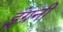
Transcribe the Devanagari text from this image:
इंग्रनी